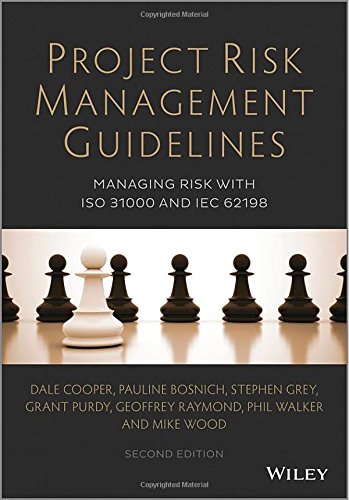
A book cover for Project Risk Management Guidelines: Managing Risk with ISO 31000 and IEC 62198; Dale Cooper; Business & Money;